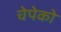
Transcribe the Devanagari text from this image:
चेपेको